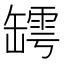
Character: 𦉏